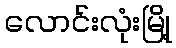
လောင်းလုံးမြို့